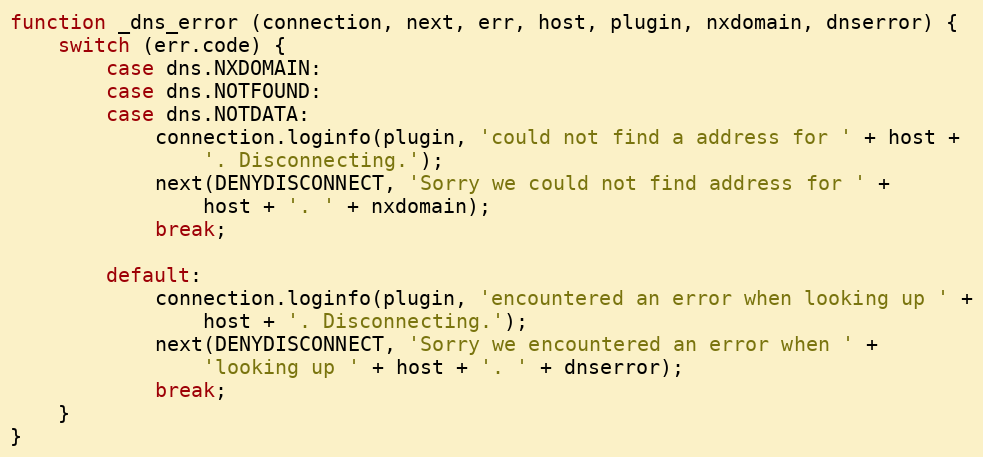
Language: JavaScript
function _dns_error (connection, next, err, host, plugin, nxdomain, dnserror) {
    switch (err.code) {
        case dns.NXDOMAIN:
        case dns.NOTFOUND:
        case dns.NOTDATA:
            connection.loginfo(plugin, 'could not find a address for ' + host +
                '. Disconnecting.');
            next(DENYDISCONNECT, 'Sorry we could not find address for ' +
                host + '. ' + nxdomain);
            break;

        default:
            connection.loginfo(plugin, 'encountered an error when looking up ' +
                host + '. Disconnecting.');
            next(DENYDISCONNECT, 'Sorry we encountered an error when ' +
                'looking up ' + host + '. ' + dnserror);
            break;
    }
}